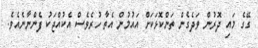
ގޭގެ މައި ދޮރުން ވަދެގެން ތަންކޮޅަކަށް އައުމުން އެތާ ހުރެވެސް އެކުއްޖަކު ފެންނާނެއެވެ.